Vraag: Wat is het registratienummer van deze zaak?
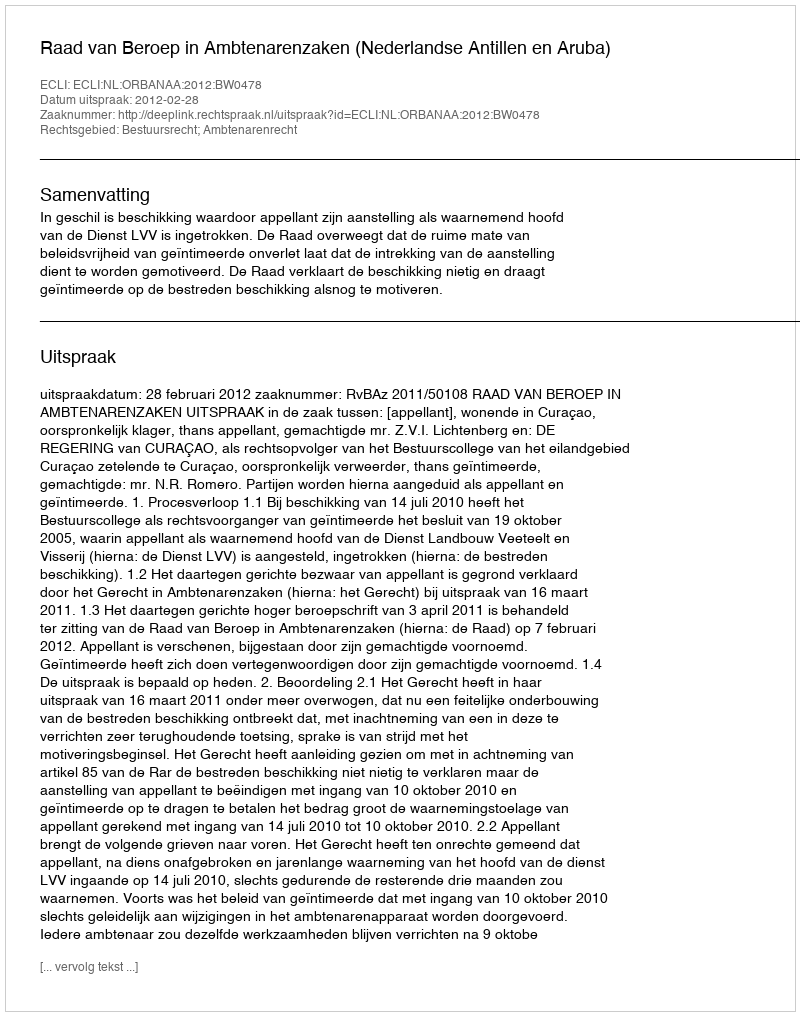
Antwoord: http://deeplink.rechtspraak.nl/uitspraak?id=ECLI:NL:ORBANAA:2012:BW0478